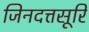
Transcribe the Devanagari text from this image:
जिनदत्तसूरि